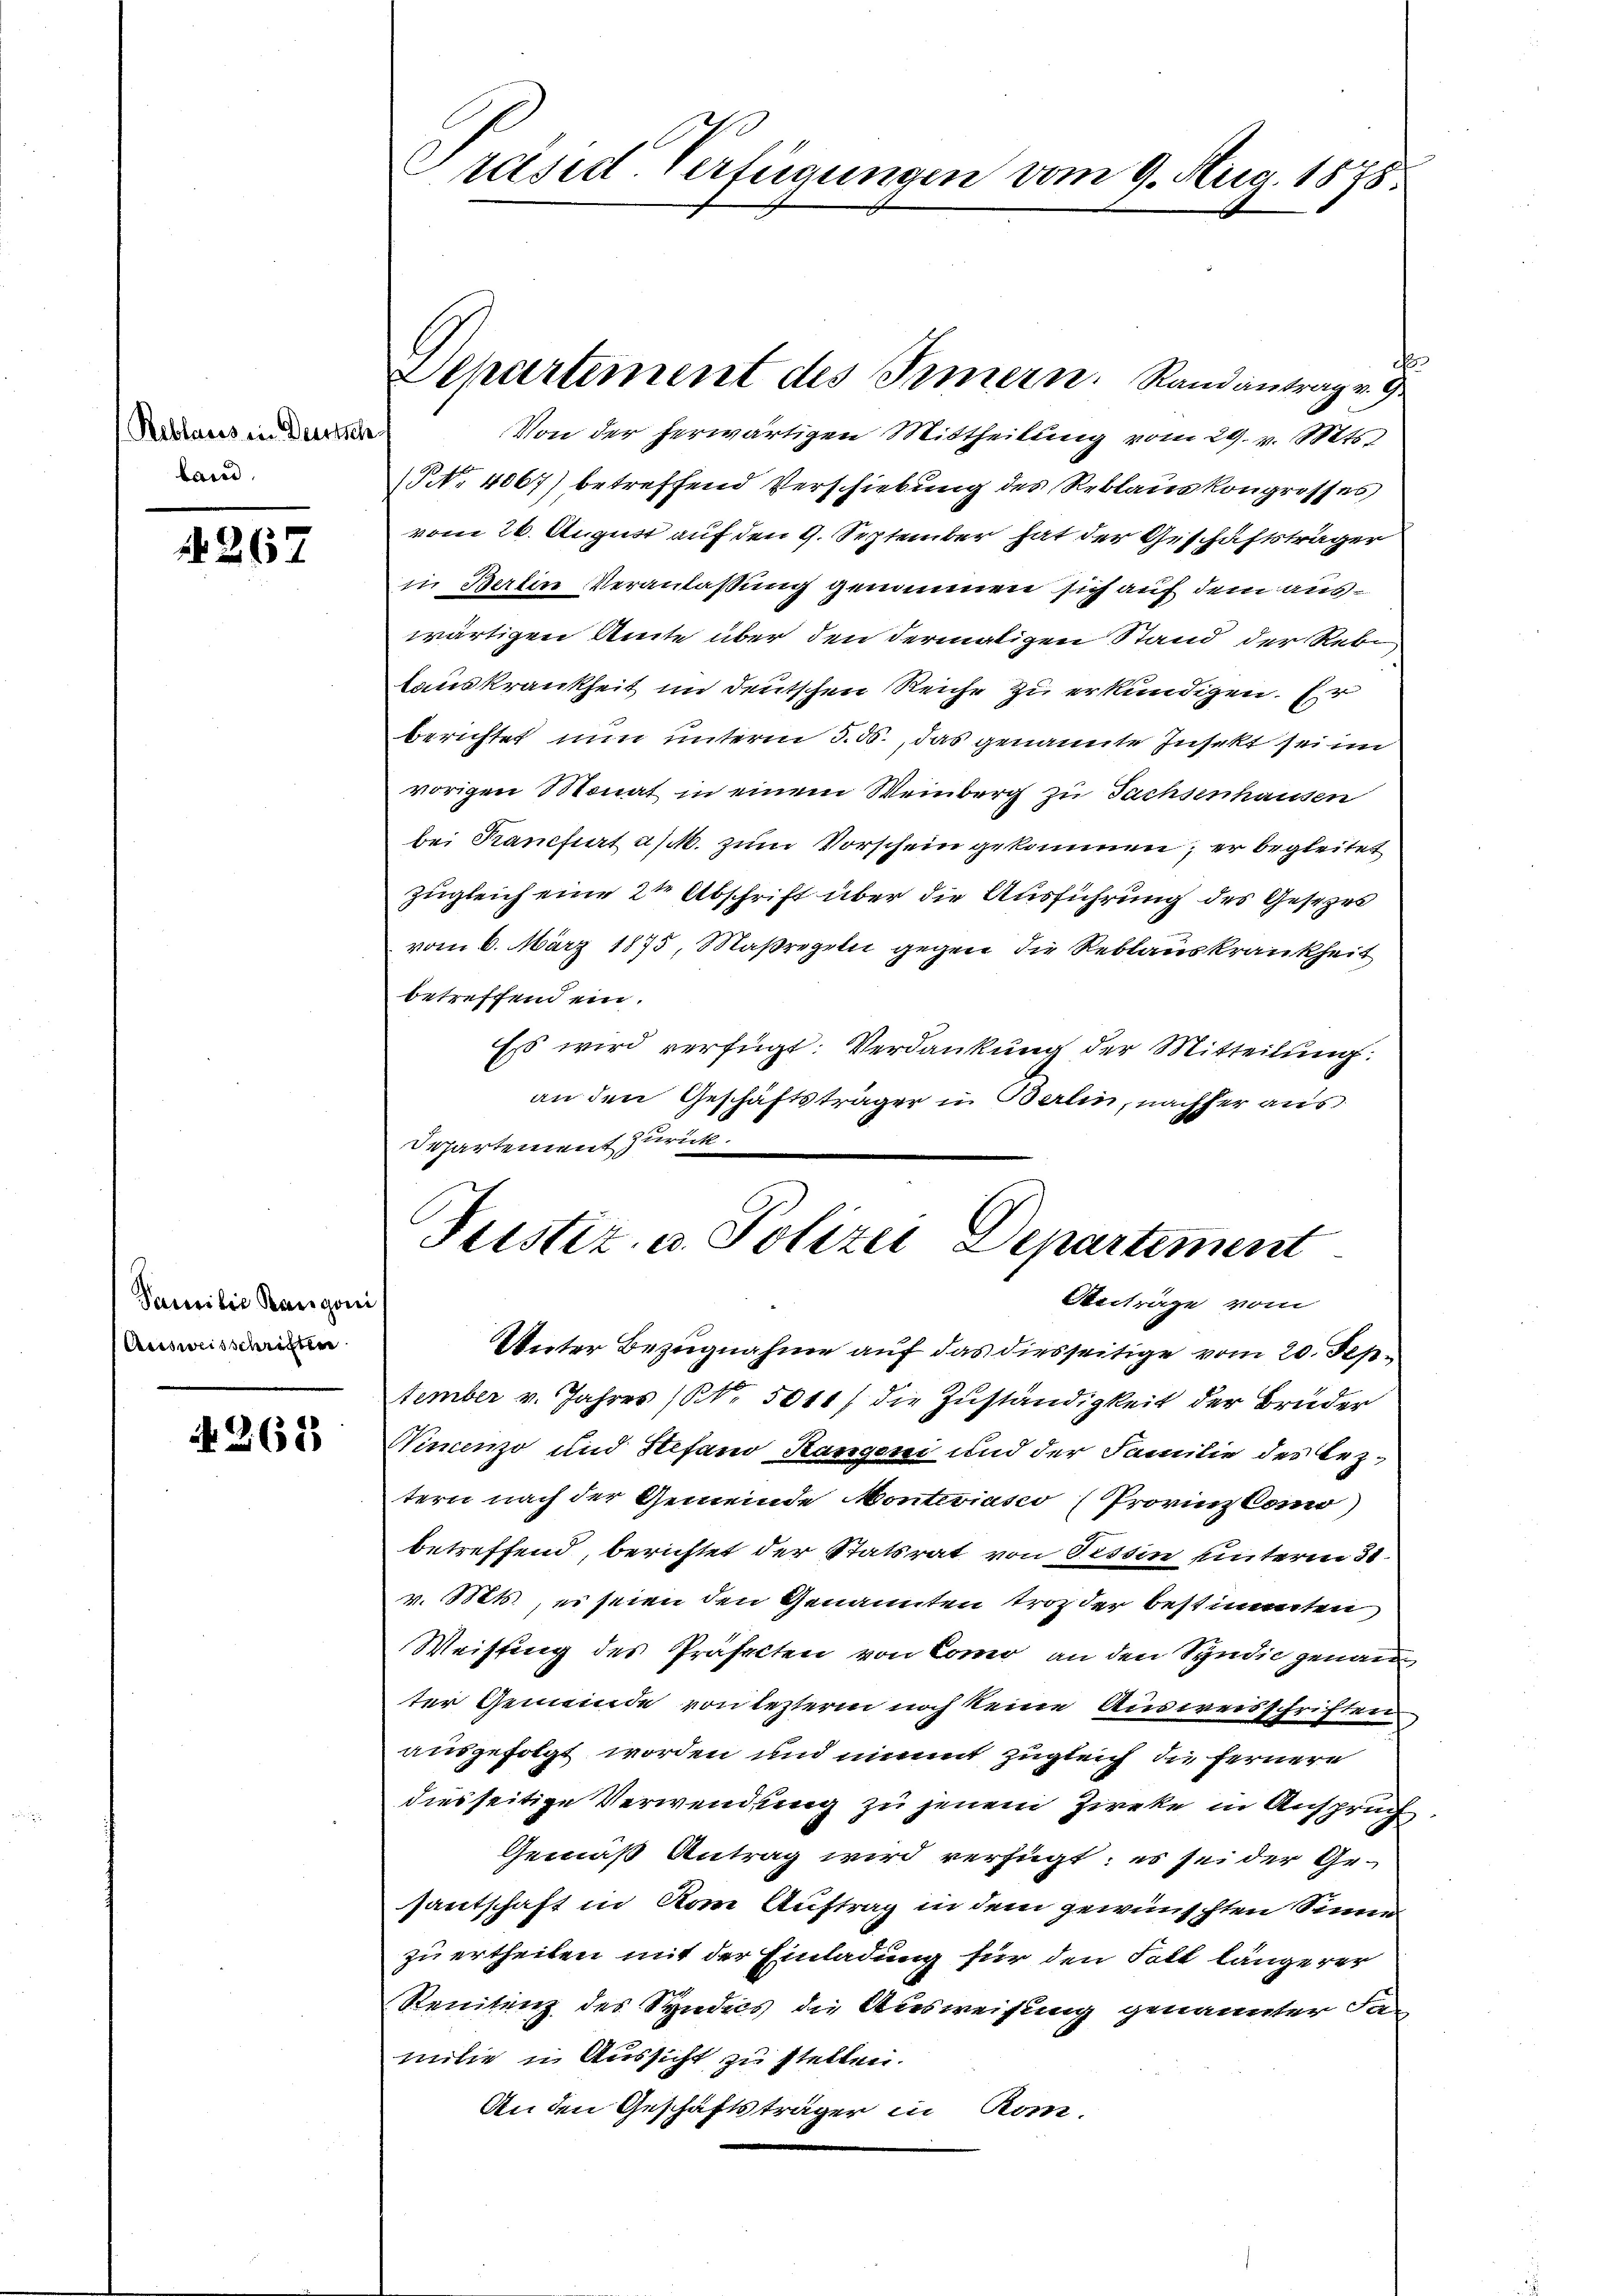
Reblaues in Deutsche
land.

267

Familie Rangoni
Ausweisschriften

N 268

räsid. Verfügungen vom 9. Aug. 1878

t
Separtement des Irmern. Randantrag v. 9.
Von der herwärtigen Mittheilung vom 29. v. Mts.
P. 4067) betreffend Verschiebung des Reblauskongrosses
vom 26. August auf den 9. September hat der Geschäftsträger
in Berlin Veranlaßung genommen sich auf dem auswärtigen Amte über den dermaligen Stand der Rebe
lauskrankheit im deutschen Reiche zu erkundigen. Er
berichtet nun unterm 3. ds., das genannte Insekt sei im
vorigen Monat in einem Weinberg zu Sachsenhausen
bei Kancfiat a/M. zum Vorschein gekommen; er begleitet
zugleich eine 2te Abschrift über die Ausführung des Gesetzes
vom 6. März 1875, Maßregeln gegen die Reblauskrankheit
betreffend ein.
Es wird verfügt: Verdankung der Mitteilung.
an den Geschäftsträger in Berlin, nachher aus
Departement zurück.
Justiz- u. Polizei Departement
Beiträge vom
Unter Bezugnahme auf das diesseitige vom 20. September v. Jahres (NNo. 5011/ die Zuständigkeit der Bruder
Vincenzo und Stefano Kangeni und der Familie des Leztern nach der Gemeinde Montiriasco (Provinz Como)
betreffend, berichtet der Statsrat von Tessin unterm 31.
v. Mts., es seien den Genannten troz der bestimmten
Weistung des Präsecten von Como an den Syndic genau
ter Gemeinde von lezterm noch keine Ausweisschriften
ausgefolgt worden und nimmt zugleich die fernere
diesseitige Verwendung zu jenem Zirke in Anspruch
Gemäß Antrag wird verfügt: es sei der Gesantschaft in Rom Auftrag in dem gewünschten Sinne
zu ertheilen mit der Einladung für den Fall längerer
Renitenz des Syndics die Ausweisung genannter Sa
milie in Aussicht zu stellen.
An den Geschäftsträger in Rom.